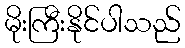
မိုးကြီးနိုင်ပါသည်